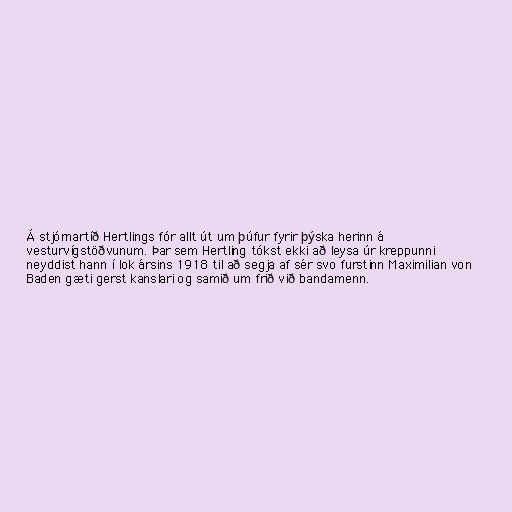
Á stjórnartíð Hertlings fór allt út um þúfur fyrir þýska herinn á
vesturvígstöðvunum. Þar sem Hertling tókst ekki að leysa úr kreppunni
neyddist hann í lok ársins 1918 til að segja af sér svo furstinn Maximilian von
Baden gæti gerst kanslari og samið um frið við bandamenn.